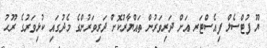
ޔޫ ފުޓްސެލް ފިއެސްޓަރ އަށް ދަރިވަރުން ތައްޔާރުކޮށް ދަރިވަރުންގެ މެދުގައި ކުޅިވަރުގެ ރޫޙު